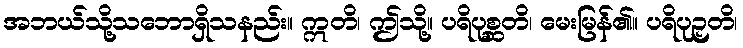
အဘယ်သို့သဘောရှိသနည်း။ ဣတိ၊ ဤသို့။ ပရိပုစ္ဆတိ၊ မေးမြန်၏။ ပရိပုဉှတိ၊